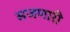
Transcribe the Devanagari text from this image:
सजणारी